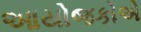
આયોજકોએ